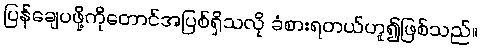
ပြန်ချေပဖို့ကိုတောင်အပြစ်ရှိသလို ခံစားရတယ်ဟူ၍ဖြစ်သည်။